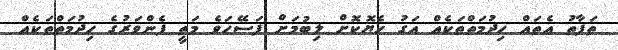
ތަފާތު އެތައް ހިދުމަތްތަކެއް އަގު ހެޔޮކޮށް ލިބުމަށް ފަސޭހަވެ މަތީ ފެންވަރުގެ ހިދުމަތްތަކެއް